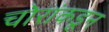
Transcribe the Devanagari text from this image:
चोरांकडून